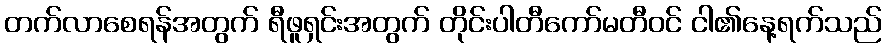
တက်လာစေရန်အတွက် ရီဖူရှင်းအတွက် တိုင်းပါတီကော်မတီဝင် ငါ၏နေ့ရက်သည်